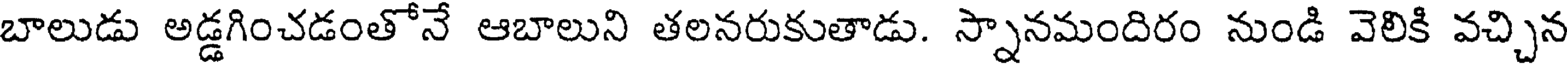
బాలుడు అడ్డగించడంతోనే ఆబాలుని తలనరుకుతాడు. స్నానమందిరం నుండి వెలికి వచ్చిన